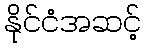
နိုင်ငံအဆင့်